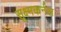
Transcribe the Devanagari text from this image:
सूक्ष्मकर्नल